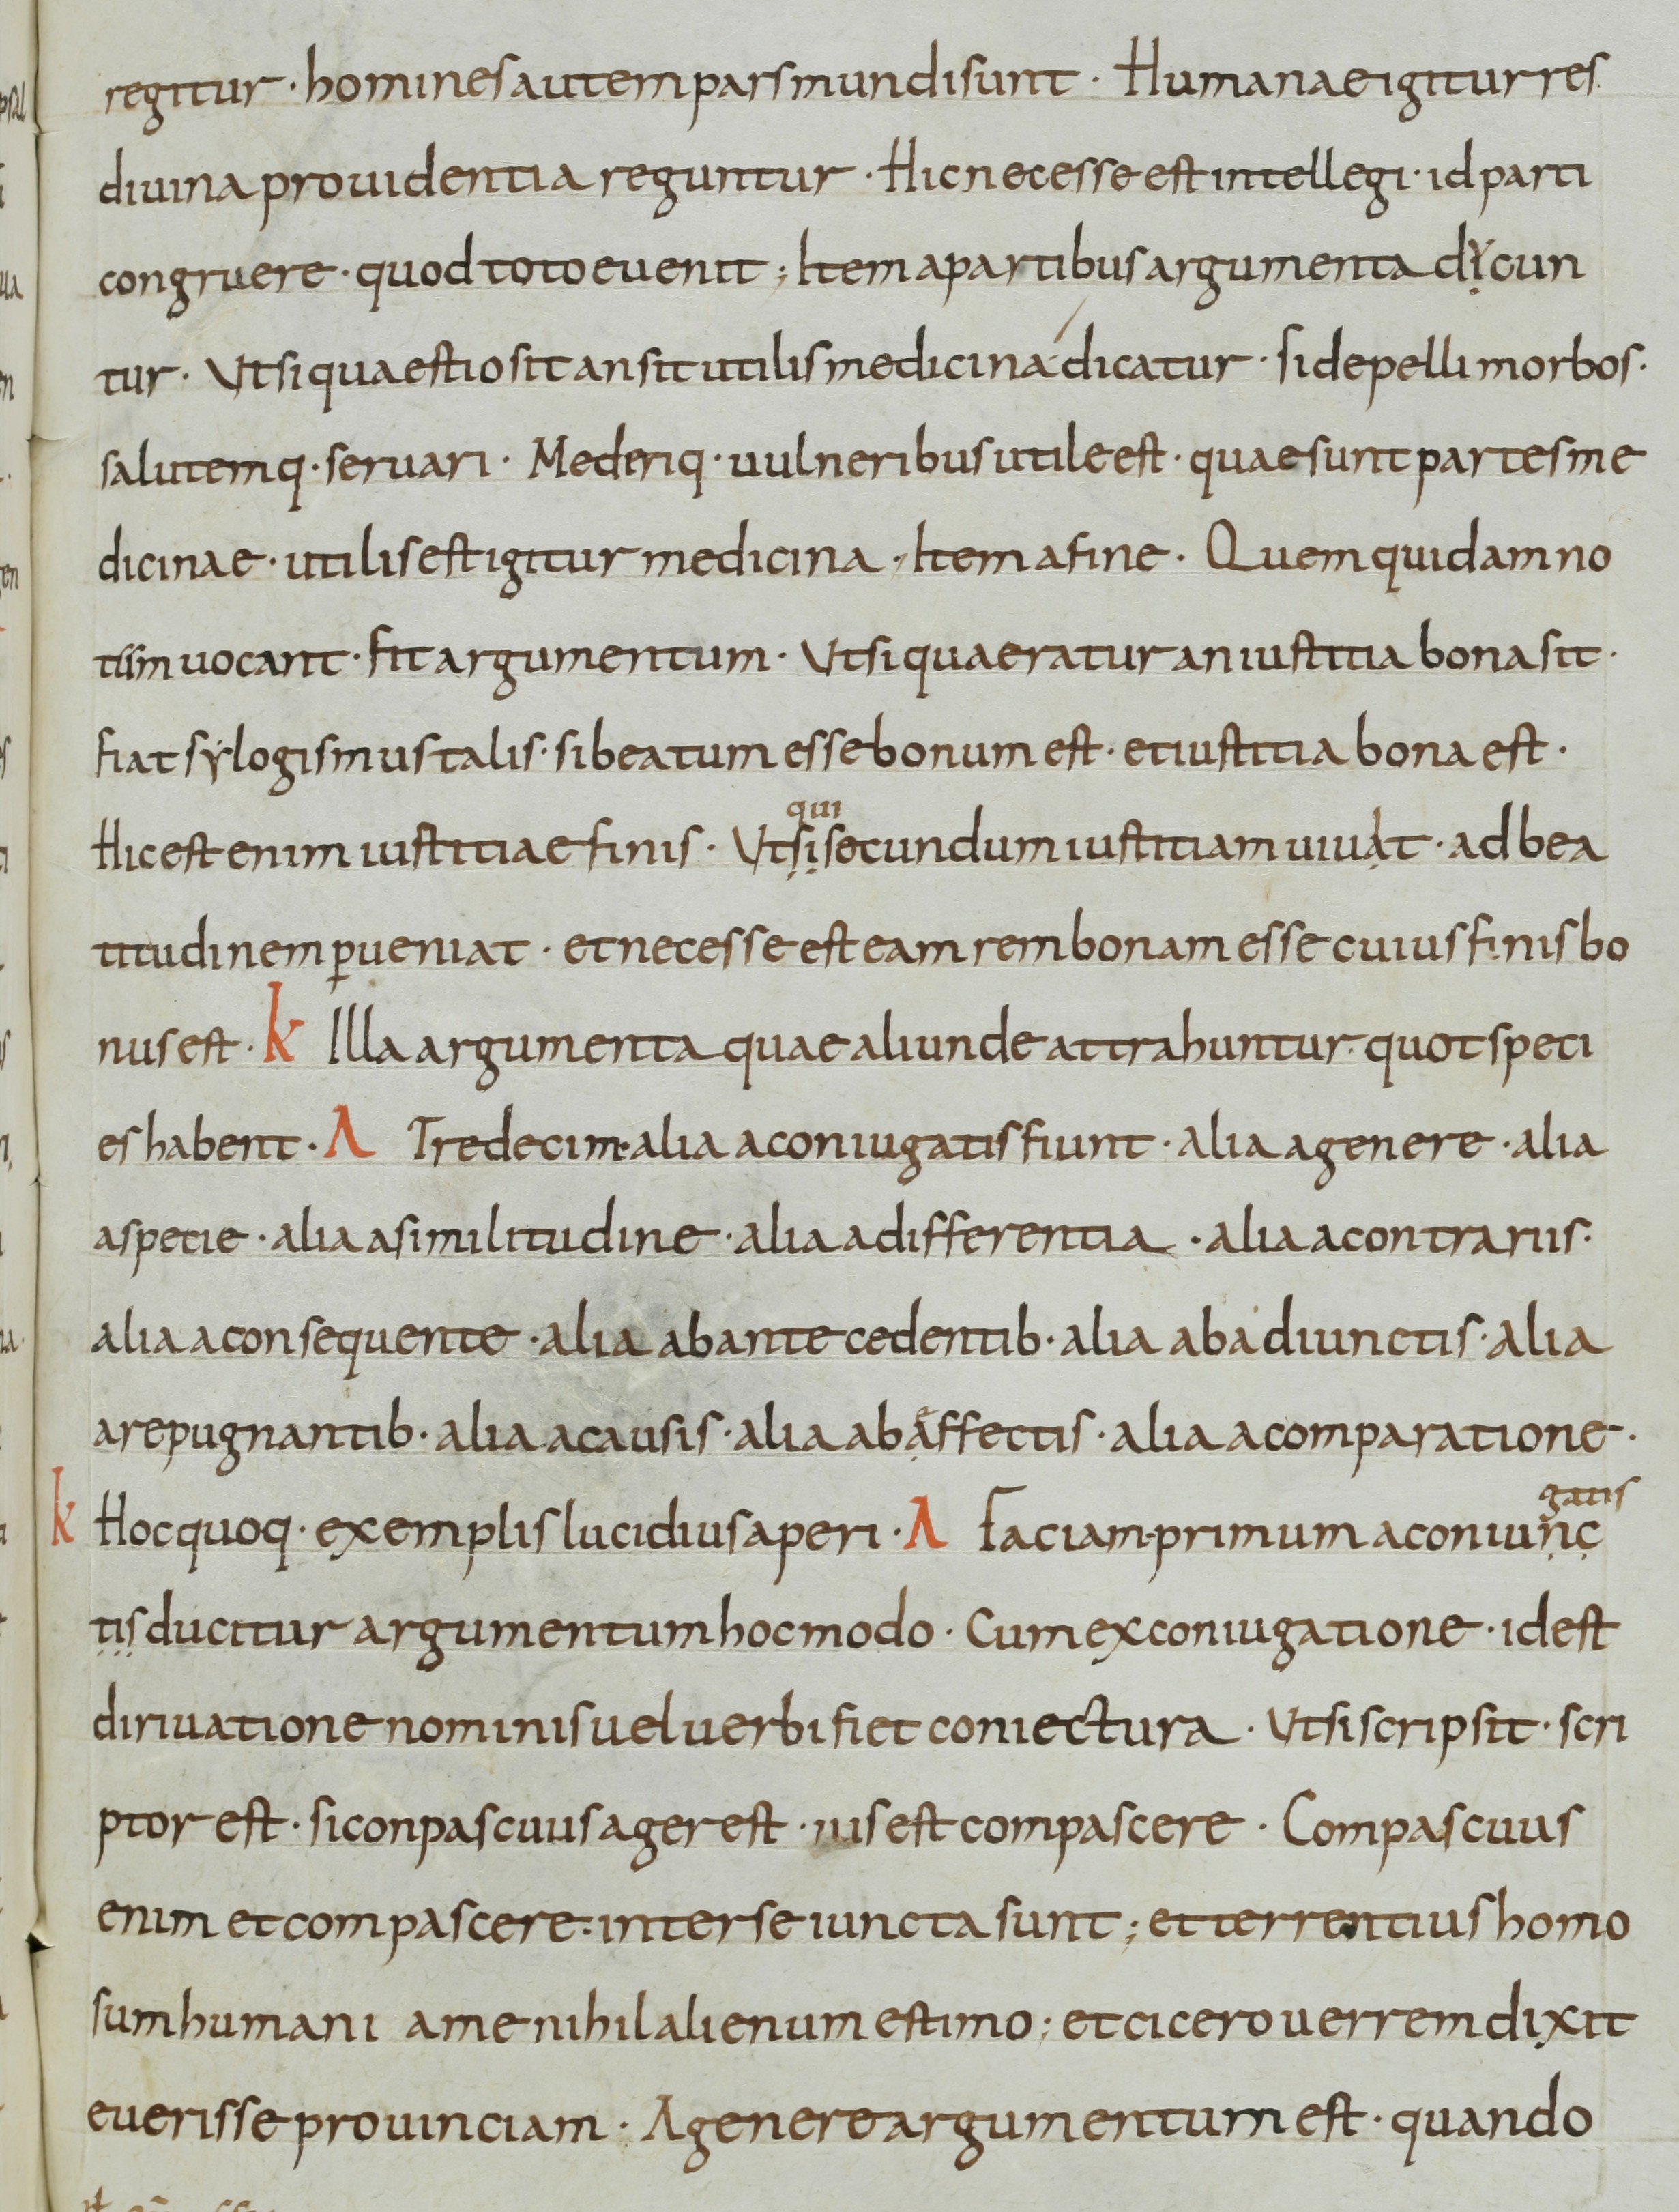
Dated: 800–899